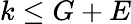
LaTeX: k\leq G+E